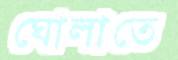
ঘোলাতে